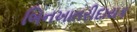
બિનખાતરીદાયક